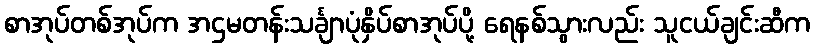
စာအုပ်တစ်အုပ်က အဌမတန်းသင်္ချာပုံနှိပ်စာအုပ်ပို့ ရေနစ်သွားလည်း သူငယ်ချင်းဆီက